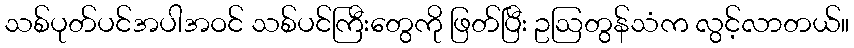
သစ်ပုတ်ပင်အပါအဝင် သစ်ပင်ကြီးတွေကို ဖြတ်ပြီး ဥဩတွန်သံက လွင့်လာတယ်။